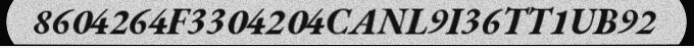
8604264F3304204CANL9I36TT1UB92